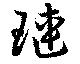
璉